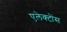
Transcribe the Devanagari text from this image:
एलेक्टोंस